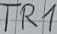
Text: TR1